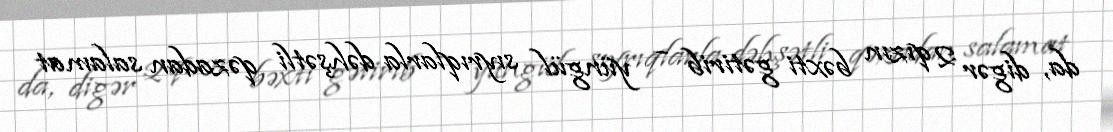
da, digər 2 qızın bəxti gətirib – yüngül sıyrıqlarla dəhşətli qəzadan salamat